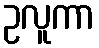
ဥလူကာ